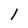
Character: l